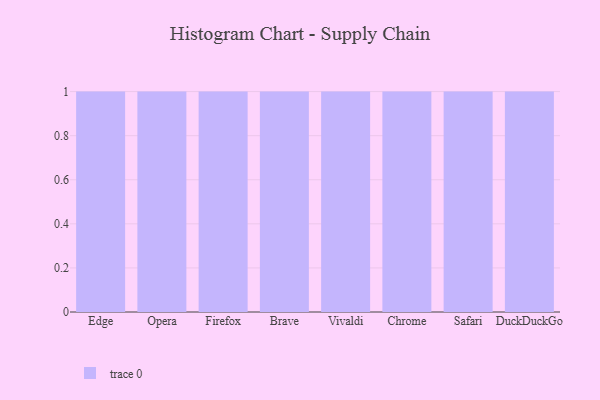
{"axis": {"x": "Browser", "y": "Demand Index"}, "legend": [""], "data": [{"x": "Edge", "y": 92, "type": ""}, {"x": "Opera", "y": 60, "type": ""}, {"x": "Firefox", "y": 28, "type": ""}, {"x": "Brave", "y": 59, "type": ""}, {"x": "Vivaldi", "y": 33, "type": ""}, {"x": "Chrome", "y": 29, "type": ""}, {"x": "Safari", "y": 80, "type": ""}, {"x": "DuckDuckGo", "y": 36, "type": ""}]}